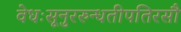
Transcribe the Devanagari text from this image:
वेधःसूनुररुन्धतीपतिरसौ